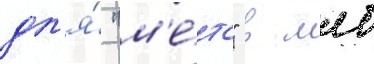
дл'я́ "м'е́тс" в млб